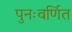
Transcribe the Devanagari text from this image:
पुनःवर्णित